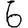
Digit: 6